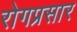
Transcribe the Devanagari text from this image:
रोगप्रसार